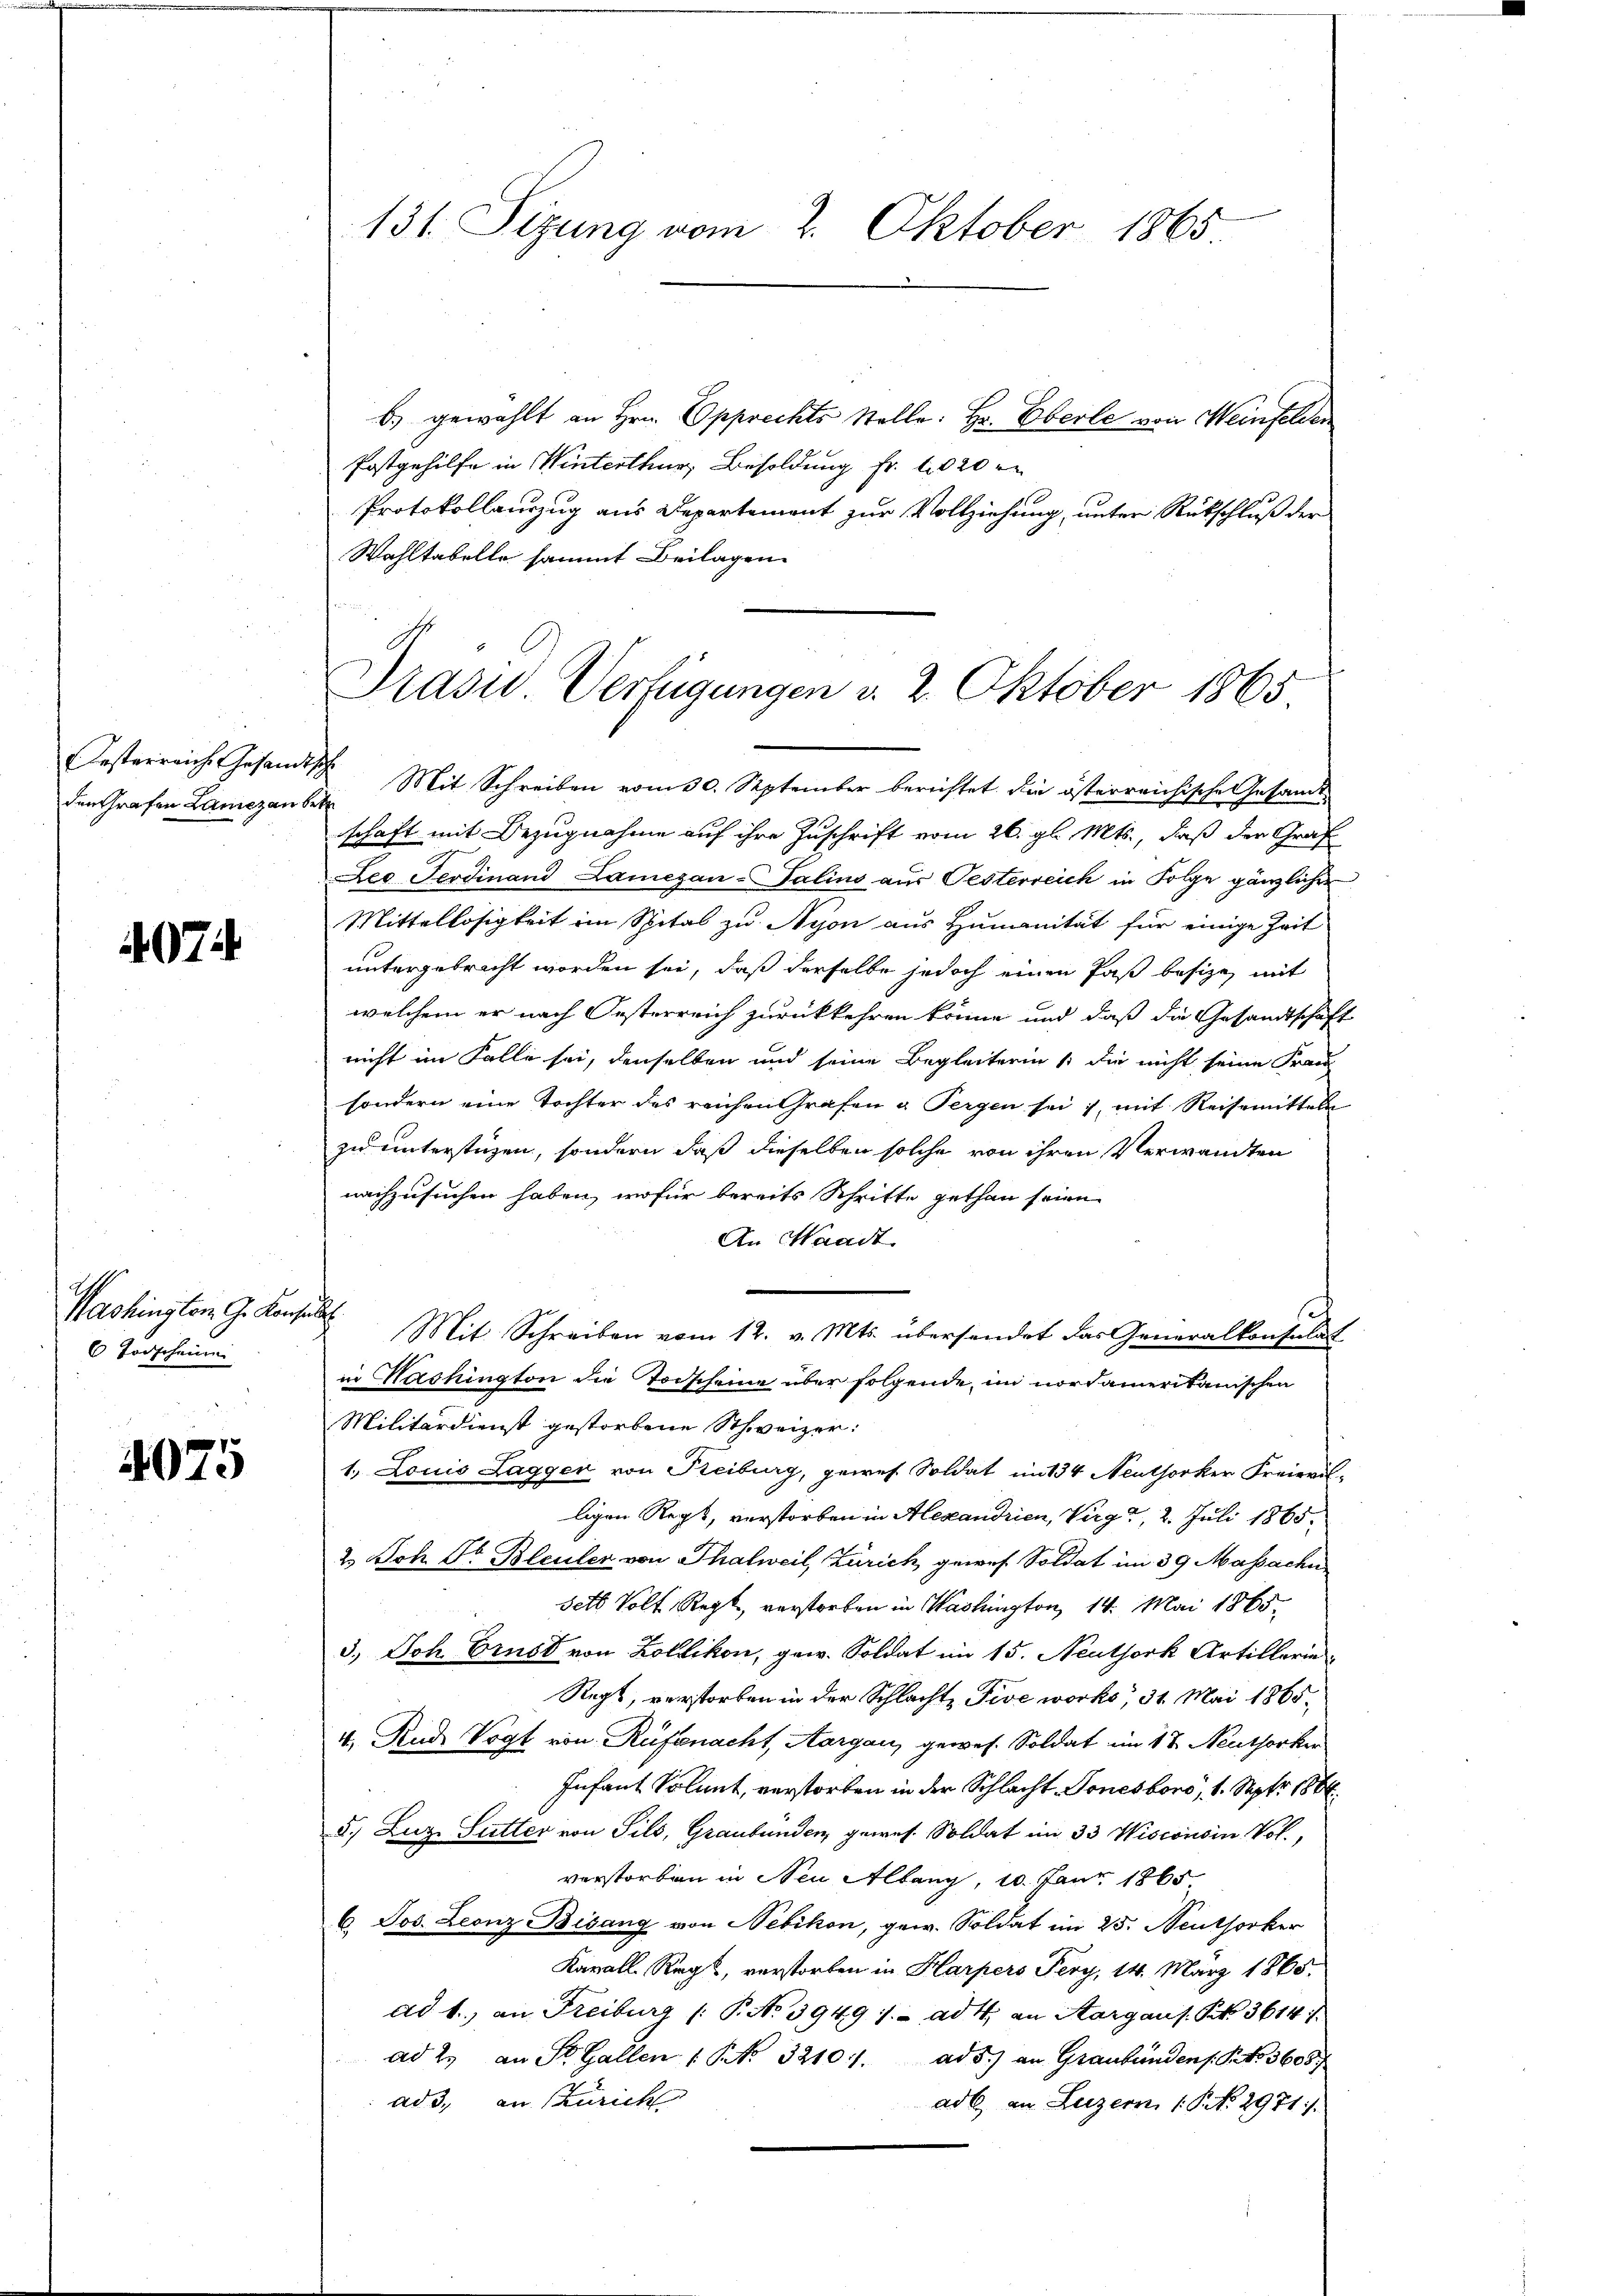
den Grafen Lamezan betr

407

Washington G. Konf
6 Todscheine

4075

131. Sizung vom 2. Oktober 1865

Präsid.. Verfügungen v. 2. Oktober 1865.

b. gewählt an Hrn. Opprechts Stolle: Hr. Eberle von Weinfelden
Postgehilfe in Winterthur, Besoldung fr. 1020 r
Protokollauszug aus Departement zur Vollziehung, unter Rückschluß der
Wahltabelle sammt Beilagen
Österreich Gesandtsch. Mit Schreiben vom 30. September berichtet die österreichische Gesandtschaft mit Bezugnahme auf ihre Zuschrift vom 26. gl. Mts., daß der Graf
Leo Ferdinand Lamezan-Salins aus Oesterreich in Folge gänzlicher
Mittellosigkeit im Spital zu Nyon aus Humanität für einige Zeit
untergebracht worden sei, daß derselbe jedoch einen Paß besizen mit
welchem er nach Oesterreich zurückkehren könne und daß die Gesandtschaft
nicht im Falle sei, denselben und seine Begleiterin die nicht seine Fran
sondern eine Tochter des reichen Grafen a Sergen sei, mit Reisemitteln
zu unterstüzen, sondern daß dieselben solche von ihren Verwandten
nachzusuchen haben, wofür bereits Schritte gethan seien.
An Waadt
 Mit Schreiben vom 12. v. Mts. übersendet das Generalkonsulat
in Nashington die Torscheine über folgende im nordamerikanischen
Militärdienst gestorbene Schweizer.
1. Louis Laggen von Freiburg, gewes Soldat im 134 Neuthorker Freierisligen Regt, verstorben in Alexandrien, Virg 2, 2. Juli 1865.
2 Joh. St. Bleuler von Thalweil, Zürich gewes Soldat im 39 Massache
sets Volt Regt, verstorben in Washington, 14. Mai 1865.
3.) Joh. Ernst von Zollikon, gew. Soldat im 15. Neuthork Artillern
Regt, verstorben in der Schlachte Tive works, 31. Mai 1865.
4. Rud. Vogt von Rüfenacht, Aargau, gewes. Soldat im 17. Neuthorker
Infant Solant, verstorben in der Schlacht, Tonesboro, 1. Sept. 186
5.) Luz Sutter von Pils, Graubünden, gewes. Soldat im 33 Wisconsin Vol.,
verstorben in Neu Albang, 10. Janr 1865
6. Jos. Leonz Bisang von Nebikon, gew. Soldat im 25. Neuthorker
Kavalle Regt, verstorben in Harpers Pery, 14. März 1865.
ad 1., an Freiburg (: P. No 39491. ad 4. an Aargau s. S. 3614
ad 2. an St. Gallen ( NNo. 32101. ad 5.) an Graubündens. S. 36057
ad 3., an Zürich
adl an Luzern, 1. No. 2971.